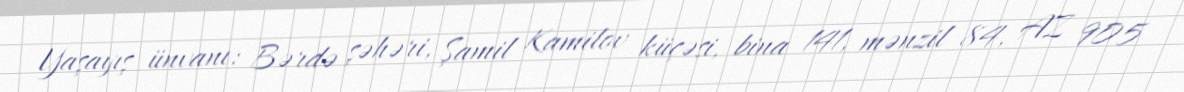
Yaşayış ünvanı: Bərdə şəhəri, Şamil Kamilov küçəsi, bina 141, mənzil 84, AZ 905